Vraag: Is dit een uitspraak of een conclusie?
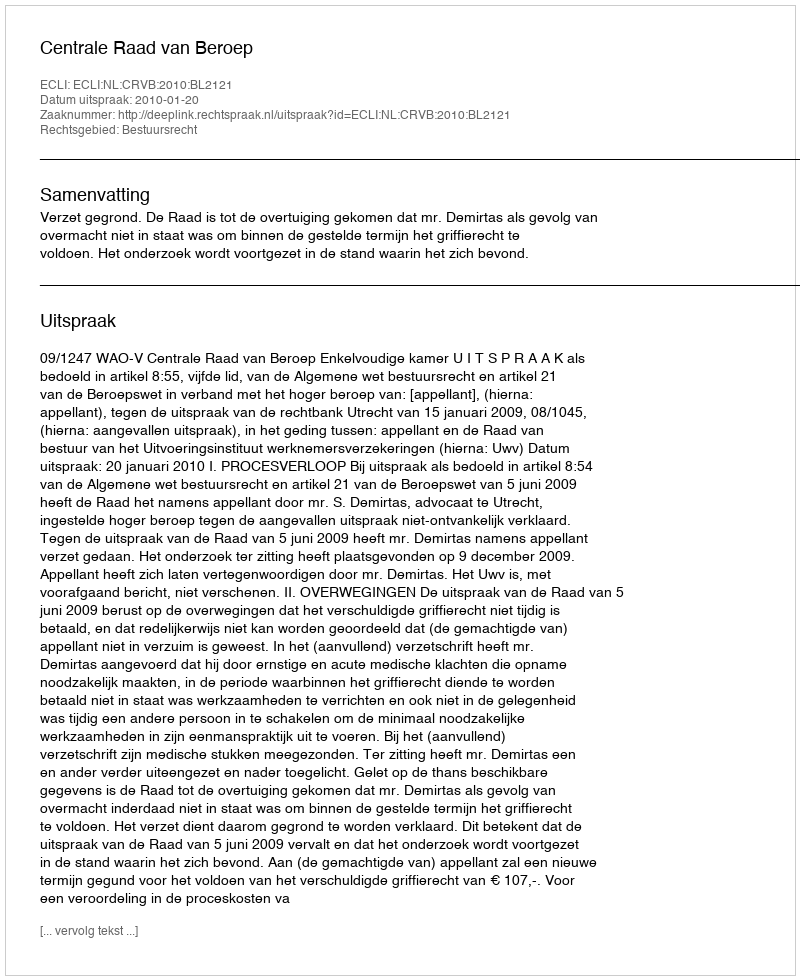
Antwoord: Uitspraak